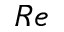
R e